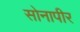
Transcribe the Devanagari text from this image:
सोनापीर